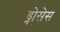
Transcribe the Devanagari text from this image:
ड्नोसेस